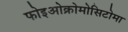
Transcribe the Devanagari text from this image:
फोइओक्रोमोसिटोमा